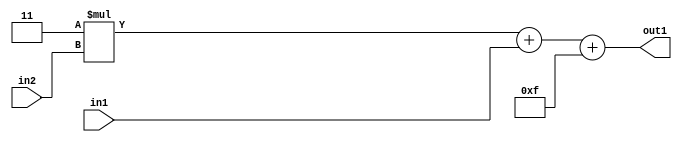
`timescale 1ps / 1ps
/*****************************************************************************
    Verilog RTL Description
    
    
    Created by: Stratus DpOpt 21.05.01 
*******************************************************************************/

module SobelFilter_Add2i15Add2u2Mul2i3u2_4 (
	in2,
	in1,
	out1
	); /* architecture "behavioural" */ 
input [1:0] in2,
	in1;
output [5:0] out1;
wire [5:0] asc001;
wire [4:0] asc003;

wire [4:0] asc003_tmp_0;
assign asc003_tmp_0 = 
	+(5'B00011 * in2);
assign asc003 = asc003_tmp_0
	+(in1);

assign asc001 = 
	+(asc003)
	+(6'B001111);

assign out1 = asc001;
endmodule

/* CADENCE  uLT0SAw= : u9/ySxbfrwZIxEzHVQQV8Q== ** DO NOT EDIT THIS LINE ******/